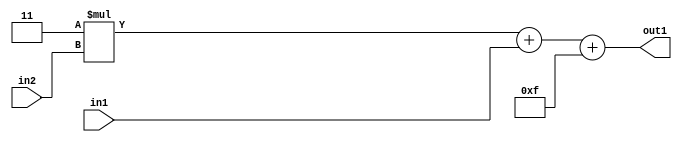
`timescale 1ps / 1ps
/*****************************************************************************
    Verilog RTL Description
    
    
    Created by: Stratus DpOpt 21.05.01 
*******************************************************************************/

module SobelFilter_Add2i15Add2u2Mul2i3u2_4 (
	in2,
	in1,
	out1
	); /* architecture "behavioural" */ 
input [1:0] in2,
	in1;
output [5:0] out1;
wire [5:0] asc001;
wire [4:0] asc003;

wire [4:0] asc003_tmp_0;
assign asc003_tmp_0 = 
	+(5'B00011 * in2);
assign asc003 = asc003_tmp_0
	+(in1);

assign asc001 = 
	+(asc003)
	+(6'B001111);

assign out1 = asc001;
endmodule

/* CADENCE  uLT0SAw= : u9/ySxbfrwZIxEzHVQQV8Q== ** DO NOT EDIT THIS LINE ******/